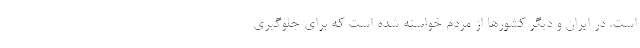
است. در ایران و دیگر کشورها از مردم خواسته شده است که برای جلوگیری